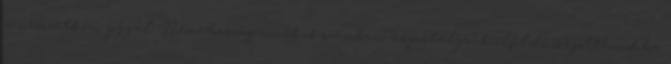
a nemzetközi joggal. Németország növekvő számban "exportálja" külföldi öregotthonokba